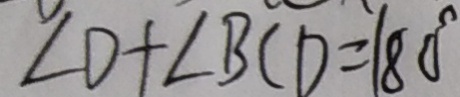
\angle D + \angle B C D = 1 8 0 ^ { \circ }